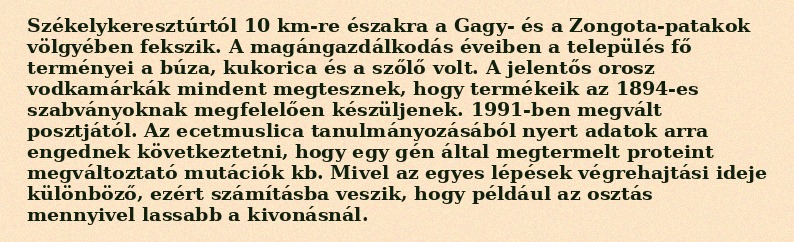
Székelykeresztúrtól 10 km-re északra a Gagy- és a Zongota-patakok völgyében fekszik. A magángazdálkodás éveiben a település fő terményei a búza, kukorica és a szőlő volt. A jelentős orosz vodkamárkák mindent megtesznek, hogy termékeik az 1894-es szabványoknak megfelelően készüljenek. 1991-ben megvált posztjától. Az ecetmuslica tanulmányozásából nyert adatok arra engednek következtetni, hogy egy gén által megtermelt proteint megváltoztató mutációk kb. Mivel az egyes lépések végrehajtási ideje különböző, ezért számításba veszik, hogy például az osztás mennyivel lassabb a kivonásnál.